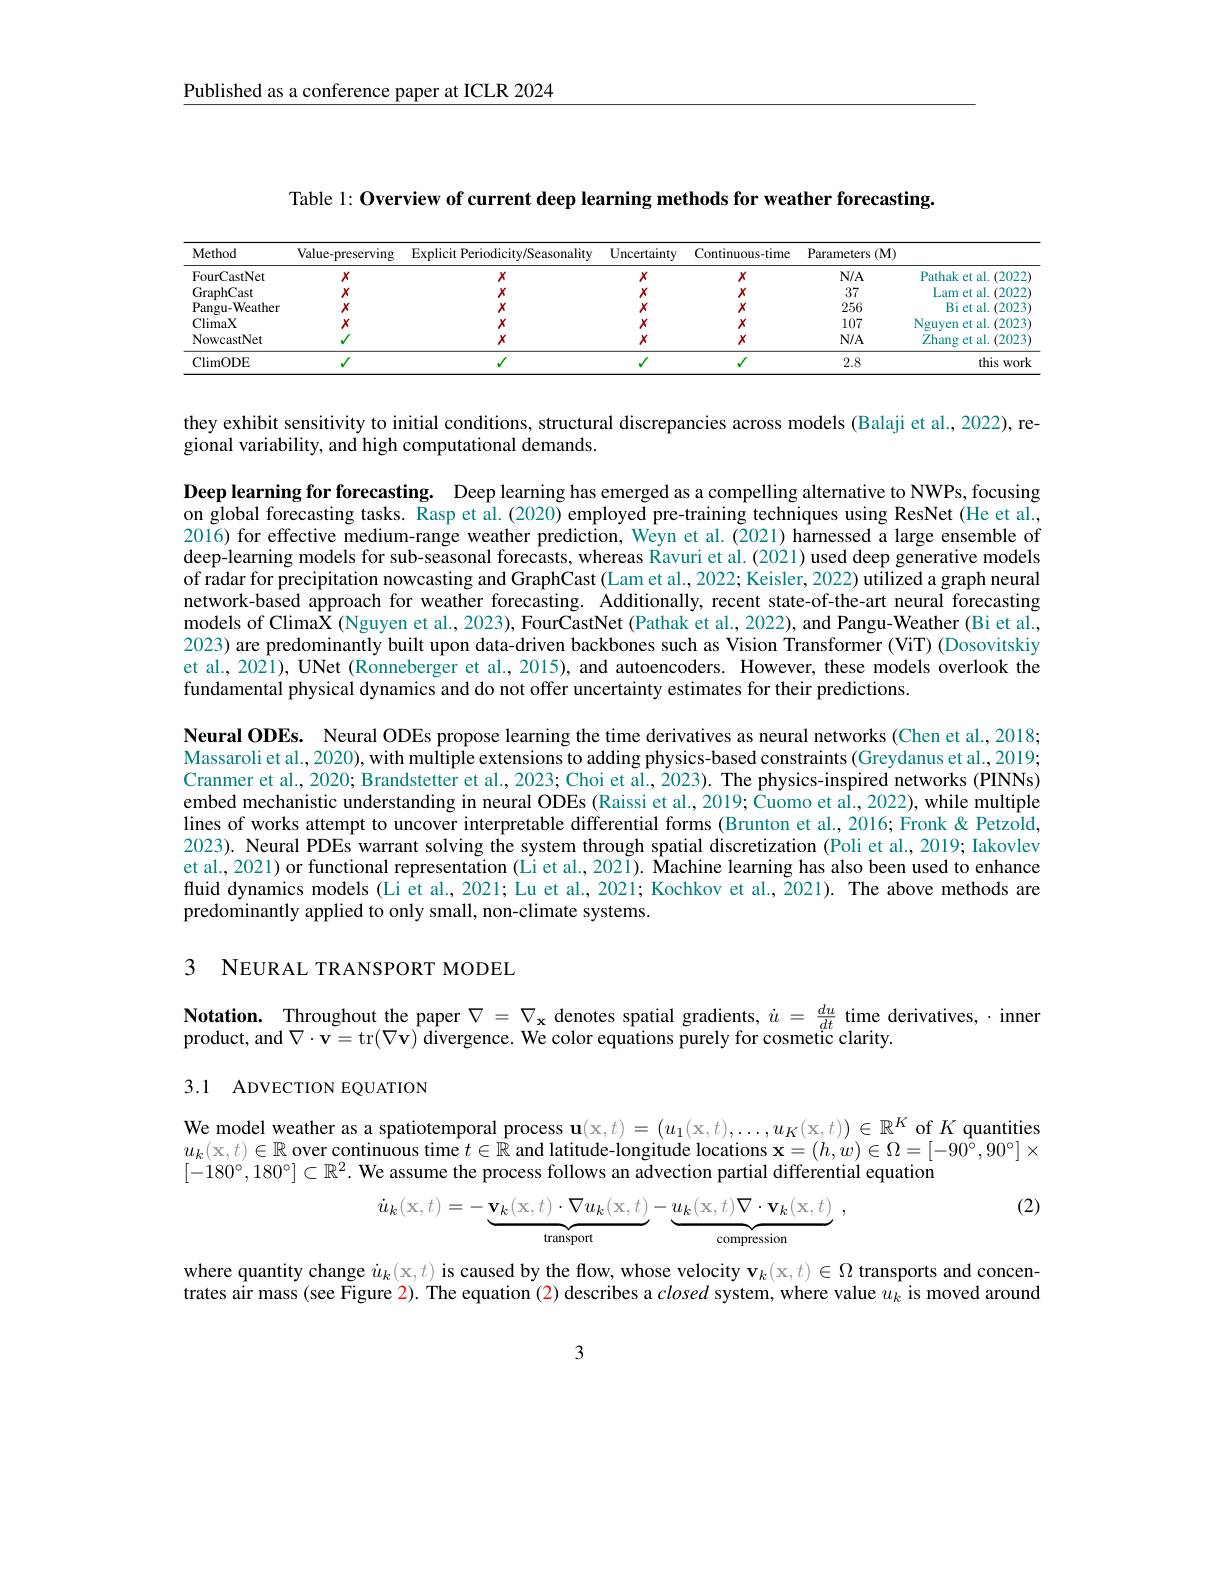
Published as a conference paper at ICLR 2024

Table 1: Overview of current deep learning methods for weather forecasting.

<table>
	<tbody>
		<tr>
			<th>${\mathrm{lethod}}$</th>
			<th>Value-preserving</th>
			<th>Explicit Periodicity/Seasonality</th>
			<th>Uncertainty</th>
			<th>Continuous-time</th>
			<th>Parameters $(\mathbf{M}_{,}$</th>
			<th> </th>
		</tr>
		<tr>
			<td>ourCastNet</td>
			<td>$X$</td>
			<td>$X$</td>
			<td>$X$</td>
			<td>$X$</td>
			<td>$N/A$</td>
			<td>Pathak et al.(202)</td>
		</tr>
		<tr>
			<td>raphCast</td>
			<td>$X$</td>
			<td>$X$</td>
			<td>$X$</td>
			<td>$X$</td>
			<td>37</td>
			<td>Lam et al. (202</td>
		</tr>
		<tr>
			<td>angu-Weather</td>
			<td>$X$</td>
			<td>$X$</td>
			<td>$X$</td>
			<td>$X$</td>
			<td>256</td>
			<td>Bi et al. (20203)</td>
		</tr>
		<tr>
			<td>limaX</td>
			<td>$X$</td>
			<td>$X$</td>
			<td>$X$</td>
			<td>$X$</td>
			<td>107</td>
			<td>Nguven et al.(202)</td>
		</tr>
		<tr>
			<td>owcastNet</td>
			<td>1</td>
			<td>X</td>
			<td>$X$</td>
			<td>$X$</td>
			<td>$N/A$</td>
			<td>Zhang et al. (20.</td>
		</tr>
		<tr>
			<td>limODE</td>
			<td> </td>
			<td> </td>
			<td>$V$</td>
			<td>$\sqrt{1}$</td>
			<td>2.8</td>
			<td>this wc</td>
		</tr>
	</tbody>
</table>

they exhibit sensitivity to initial conditions, structural discrepancies across models (Balaji et al., 2022), re-
gional variability, and high computational demands.

Deep learning for forecasting. Deep learning has emerged as a compelling alternative to NWPs, focusing on global forecasting tasks. Rasp et al. (2020) employed pre-training techniques using ResNet (He et al., 2016) for effective medium-range weather prediction, Weyn et al.(2021) harnessed a large ensemble of deep-learning models for sub-seasonal forecasts, whereas Ravuri et al. (2021) used deep generative models of radar for precipitation nowcasting and GraphCast (Lam et al., 2022; Keisler, 2022) utilized a graph neural network-based approach for weather forecasting. Additionally, recent state-of-the-art neural forecasting models of ClimaX (Nguyen et al., 2023), FourCastNet (Pathak et al., 2022), and Pangu-Weather (Bi et al., 2023) are predominantly built upon data-driven backbones such as Vision Transformer (ViT) (Dosovitskiy et al., 2021), UNet (Ronneberger et al., 2015), and autoencoders. However, these models overlook the fundamental physical dynamics and do not offer uncertainty estimates for their predictions.

Neural ODEs. Neural ODEs propose learning the time derivatives as neural networks (Chen et al.,2018; Massaroli et al., 2020), with multiple extensions to adding physics-based constraints (Greydanus et al., 2019; Cranmer et al., 2020; Brandstetter et al., 2023; Choi et al., 2023). The physics-inspired networks (PINNs) embed mechanistic understanding in neural ODEs (Raissi et al., 2019; Cuomo et al., 2022), while multiple lines of works attempt to uncover interpretable differential forms (Brunton et al., 2016; Fronk & Petzold, 2023). Neural PDEs warrant solving the system through spatial discretization (Poli et al., 2019; Iakovlev et al, 2021) or functional representation (Li et al., 2021). Machine learning has also been used to enhance fluid dynamics models (Li et al., 2021; Lu et al., 2021; Kochkov et al., 2021). The above methods are predominantly applied to only small, non-climate systems

3 NEURAL TRANSPORT MODEL

Notation. Throughout the paper $\nabla=\nabla_{\mathbf{x}}$ denotes spatial gradients, $\dot{u}=\frac{du}{dt}$ time derivatives, $\cdot$ inner
product, and $\nabla\cdot\mathbf{v}=$tr$(\nabla\mathbf{v})$ divergence. We color equations purely for cosmetic clarity.

## 3.1 ADVECTION EQUATION

We model weather as a spatiotemporal process $\mathbf{u}(x,t)=(u_1(x,t),\ldots,u_K(x,t))\in\mathbb{R}^K$ of $K$ quantities $u_k($x$,t)\in\mathbb{R}$ over continuous time $t\in\hat{\mathbb{R}}$ and latitude-longitude locations $\mathbf{x}=(h,w)\in\Omega=[-90^{\circ},90^{\circ}]\times$ $[-180^\circ,180^\circ]\subset\mathbb{R}^2.$ We assume the process follows an advection partial differential equation

(2)
$$\dot{u}_{k}(\mathrm{x},t)=-\underbrace{\mathbf{v}_{k}(\mathrm{x},t)\cdot\nabla u_{k}(\mathrm{x},t)}_{\mathrm{transport}}-\underbrace{u_{k}(\mathrm{x},t)\nabla\cdot\mathbf{v}_{k}(\mathrm{x},t)}_{\mathrm{compression}}\:,$$
where quantity change $i_k($x$,t)$ is caused by the flow, whose velocity $\mathbf{v}_k($x$,t)\in\Omega$ transports and concentrates air mass(see Figure 2). The equation (2) describes a closed system, where value $u_k$ is moved around

3